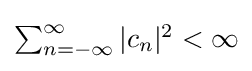
{\textstyle \sum _{n=-\infty }^{\infty }|c_{n}|^{2}<\infty }